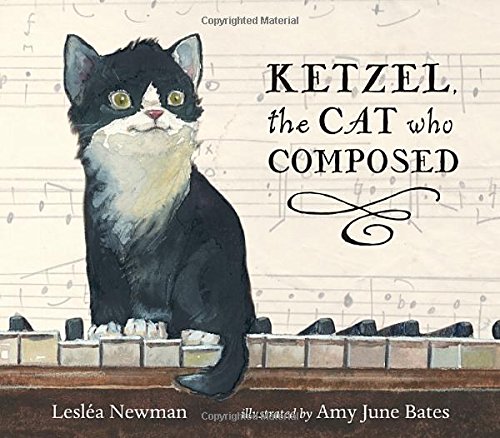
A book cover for Ketzel, the Cat Who Composed; Leslea Newman; Children's Books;